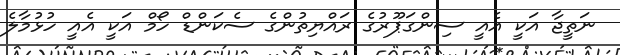
ނަތީޖާ އަކީ އެއީ ސިންގަޕޫރުގެ ރައްޔިތުންގެ ސެކަންޑް ހޯމް އަކީ އެއީ ހުޅުމާލެ